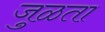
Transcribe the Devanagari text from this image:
जुळता